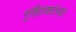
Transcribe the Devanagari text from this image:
गृहितकांच्या